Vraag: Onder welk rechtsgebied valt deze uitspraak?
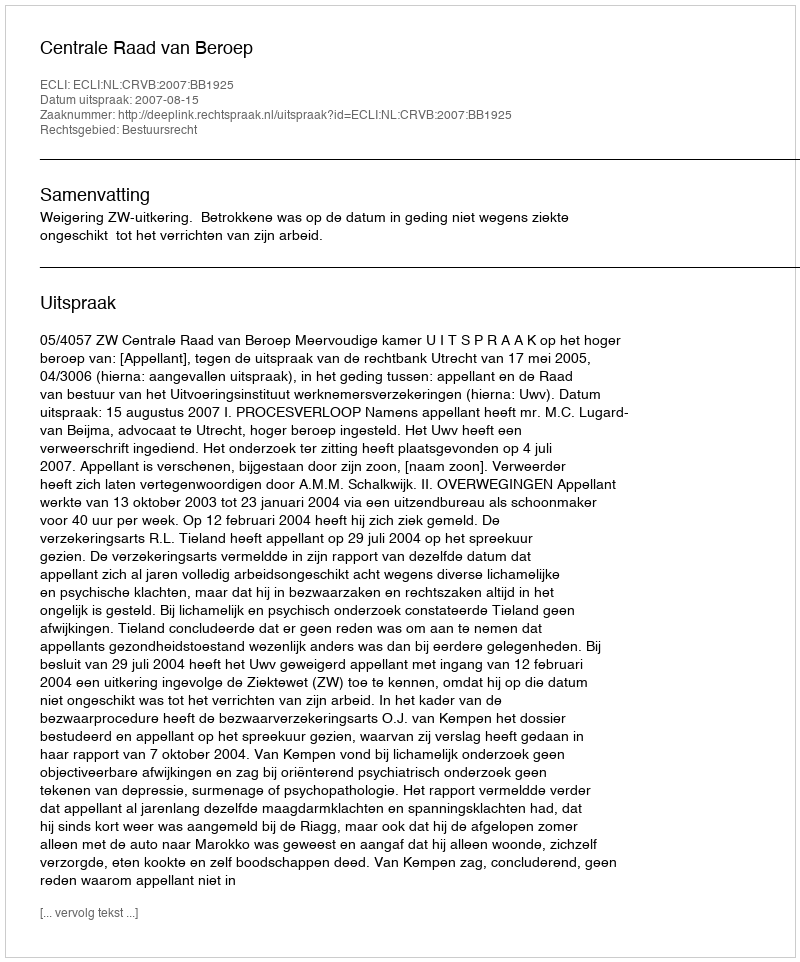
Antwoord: Bestuursrecht